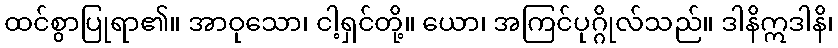
ထင်စွာပြုရာ၏။ အာဝုသော၊ ငါ့ရှင်တို့။ ယော၊ အကြင်ပုဂ္ဂိုလ်သည်။ ဒါနိဣဒါနိ၊